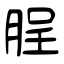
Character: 脭